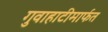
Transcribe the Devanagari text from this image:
गुवाहाटीमार्फत